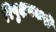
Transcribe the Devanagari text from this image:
रिपुक्षयकरी